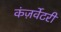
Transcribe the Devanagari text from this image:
कंज़र्वेटरी